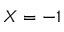
X = - 1